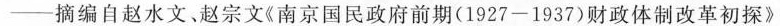
-摘编自赵水文、赵宗文《南京国民政府前期(1927-1937)财政体制改革初探》